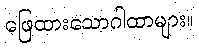
ဖြေထားသောဂါထာများ။